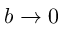
b \to 0